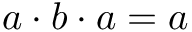
a \cdot b \cdot a = a